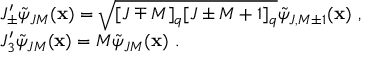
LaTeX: \begin{array} { l } { { J _ { \pm } ^ { \prime } \tilde { \psi } _ { J M } ( { \bf x } ) = \sqrt { [ J \mp M ] _ { q } [ J \pm M + 1 ] _ { q } } \tilde { \psi } _ { J , M \pm 1 } ( { \bf x } ) ~ , } } \\ { { J _ { 3 } ^ { \prime } \tilde { \psi } _ { J M } ( { \bf x } ) = M \tilde { \psi } _ { J M } ( { \bf x } ) ~ . } } \end{array}